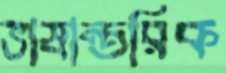
ভাষান্তরিক